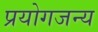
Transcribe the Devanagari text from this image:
प्रयोगजन्य